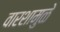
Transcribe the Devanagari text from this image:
वारशामुळे